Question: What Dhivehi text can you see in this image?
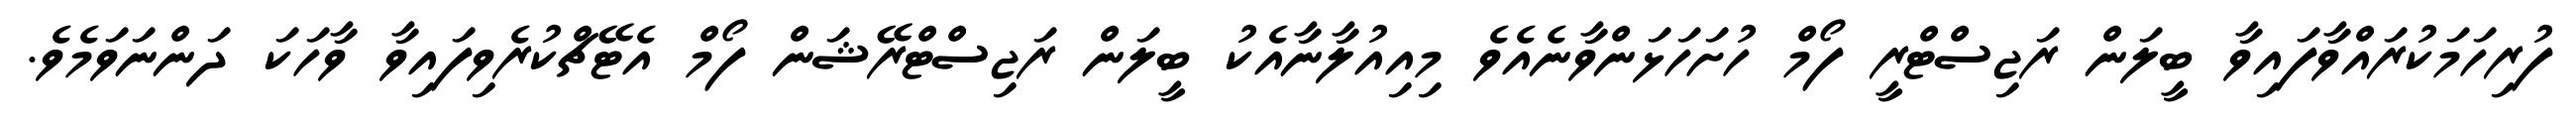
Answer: ފުރިހަމަކުރައްވާފައިވާ ބީލަން ރަޖިސްޓްރީ ފޯމް ހުށަހަޅަންވާނެއެވެ މިއިއުލާނާއެކު ބީލަން ރަޖިސްޓްރޭޝަން ފޯމް އެޓޭޗްކުރެވިފައިވާ ވާހަކަ ދަންނަވަމެވެ.